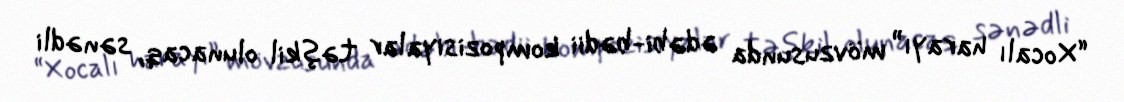
“Xocalı harayı” mövzusunda ədəbi-bədii kompozisiyalar təşkil olunacaq, sənədli